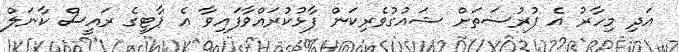
އަދި މިހާރު އެ ފުރުސަތަށް ޝައުގުވެރިކަން ފާޅުކުރައްވާފައިވާ އެ ޕާޓީގެ ރައީސް ކާނަލް